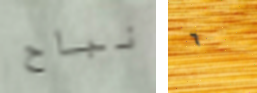
نباح ٦